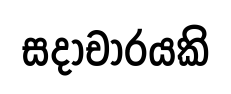
සදාචාරයකි